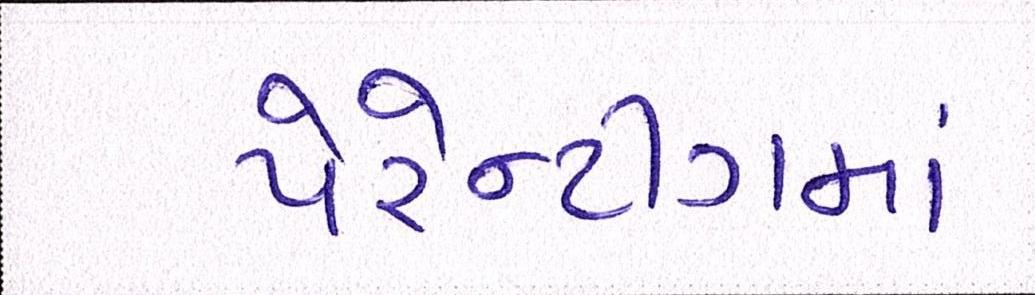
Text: પેરેન્ટીંગમાં